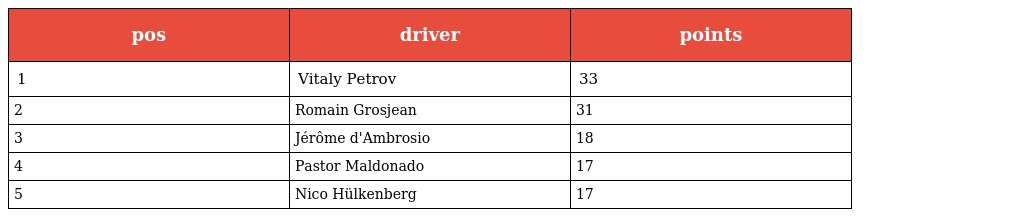
| pos | driver | points |
 | --- | --- | --- |
 | 1 | Vitaly Petrov | 33 |
 | 2 | Romain Grosjean | 31 |
 | 3 | Jérôme d'Ambrosio | 18 |
 | 4 | Pastor Maldonado | 17 |
 | 5 | Nico Hülkenberg | 17 |